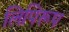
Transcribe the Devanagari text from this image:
लिपिरूप